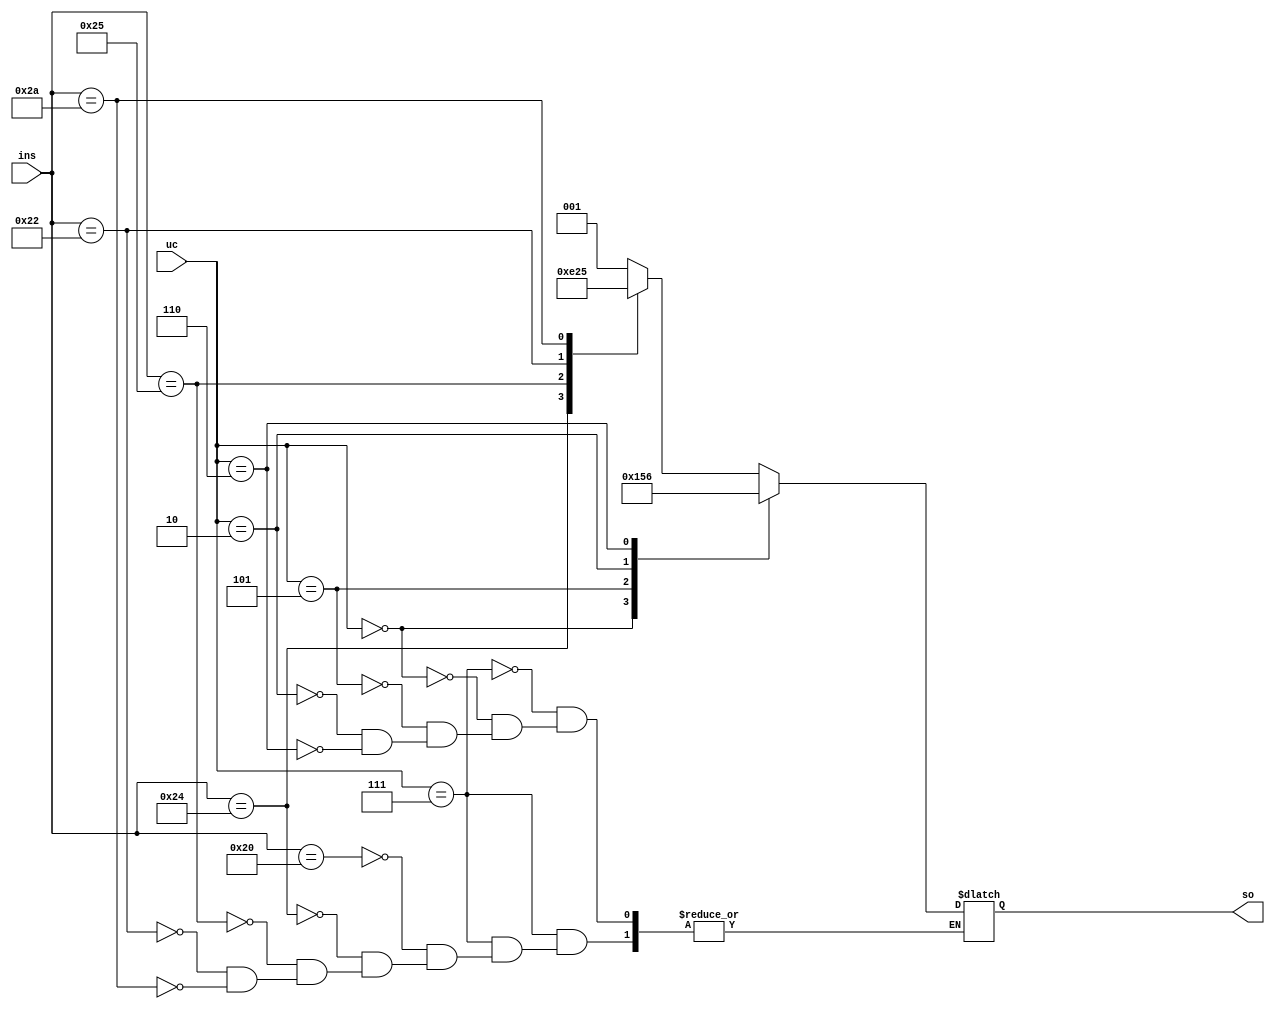
`timescale 1ns/1ns
module Alucontrol(
	input [2:0]uc,
	input [5:0]ins,
	output reg [2:0]so
);
always@*begin
	case(uc)
		3'b111: begin
			case (ins)
			6'b100000: so = 3'b001;
			6'b100100: so = 3'b111;
			6'b100101: so = 3'b000;
			6'b100010: so = 3'b100;
			6'b101010: so = 3'b101;
			endcase
			end
		3'b000:so = 3'b000; //ADDI
 		
		3'b101: so = 3'b101;  //ANDI
		
		3'b010: so = 3'b010;  //SLTI
		
		3'b110: so = 3'b110; //ORI
	endcase
	
end

endmodule